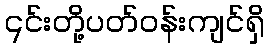
၎င်းတို့ပတ်ဝန်းကျင်ရှိ